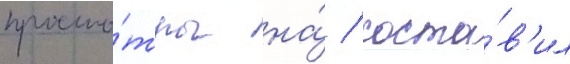
просмо́тры на́ / соста́в'ил